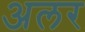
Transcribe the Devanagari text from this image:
अलर